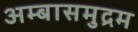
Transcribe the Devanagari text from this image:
अम्बासमुद्रम